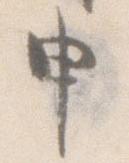
申